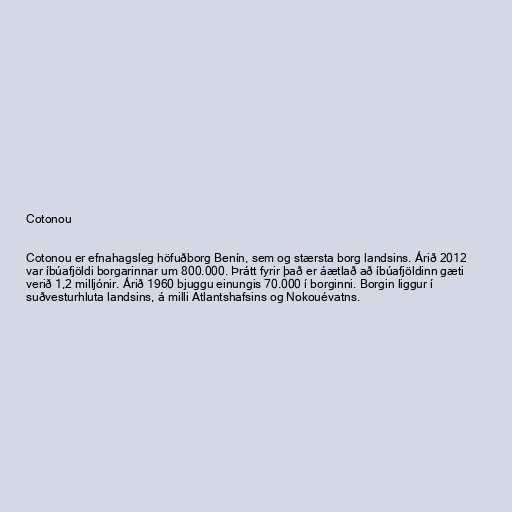
Cotonou

Cotonou er efnahagsleg höfuðborg Benín, sem og stærsta borg landsins. Árið 2012
var íbúafjöldi borgarinnar um 800.000. Þrátt fyrir það er áætlað að íbúafjöldinn gæti
verið 1,2 milljónir. Árið 1960 bjuggu einungis 70.000 í borginni. Borgin liggur í
suðvesturhluta landsins, á milli Atlantshafsins og Nokouévatns.